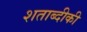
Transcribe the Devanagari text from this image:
शताब्दीकी